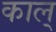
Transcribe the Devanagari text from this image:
काल्